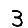
Digit: 3